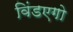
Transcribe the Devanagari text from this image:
विंडएगो